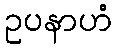
ဥပနာဟံ